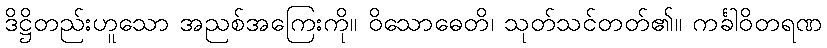
ဒိဋ္ဌိတည်းဟူသော အညစ်အကြေးကို။ ဝိသောဓေတိ၊ သုတ်သင်တတ်၏။ ကင်္ခါဝိတရဏ